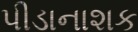
પીડાનાશક